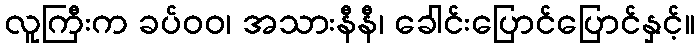
လူကြီးက ခပ်ဝဝ၊ အသားနီနီ၊ ခေါင်းပြောင်ပြောင်နှင့်။